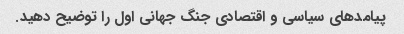
پیامدهای سیاسی و اقتصادی جنگ جهانی اول را توضیح دهید.